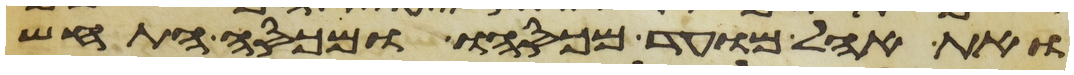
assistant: ואת אהל מועד מכסהו ומכסה התחש